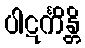
ပါဋင်္ကိန္တိ